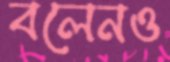
বলেনও